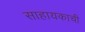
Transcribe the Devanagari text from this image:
साहायकाची